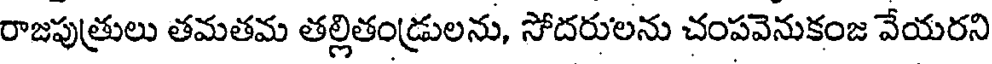
రాజపుత్రులు తమతమ తల్లితండ్రులను, సోదరులను చంపవెనుకంజ వేయరని